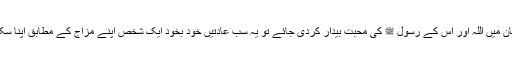
اگر انسان میں اللہ اور اس کے رسول ﷺ کی محبت بیدار کردی جائے تو یہ سب عادتیں خود بخود ایک شخص اپنے مزاج کے مطابق اپنا سکتا ہے ۔